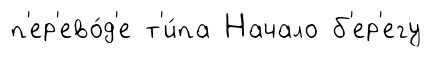
п'ер'ево́д'е т'и́па Начало б'ер'егу